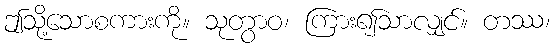
ဤသို့သောစကားကို။ သုတွာဝ၊ ကြား၍သာလျှင်။ တဿ၊